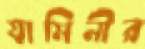
যামিনীর